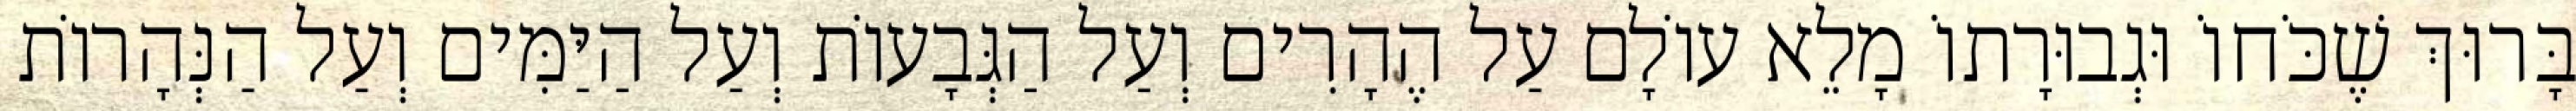
בָּרוּךְ שֶׁכֹּחוֹ וּגְבוּרָתוֹ מָלֵא עוֹלָם עַל הֶהָרִים וְעַל הַגְּבָעוֹת וְעַל הַיַּמִּים וְעַל הַנְּהָרוֹת